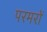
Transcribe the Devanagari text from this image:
परमरों